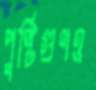
পুষ্টিগুণও